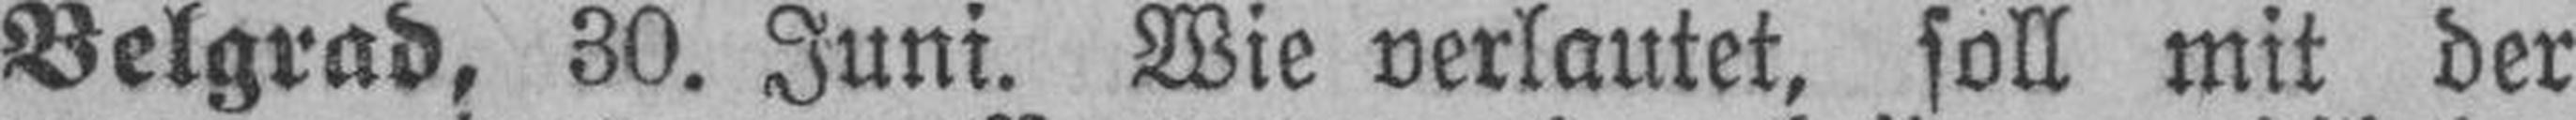
Belgrad, 30. Juni. Wie verlautet, soll mit der